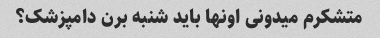
متشکرم میدونی اونها باید شنبه برن دامپزشک؟